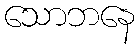
သောဘနေ